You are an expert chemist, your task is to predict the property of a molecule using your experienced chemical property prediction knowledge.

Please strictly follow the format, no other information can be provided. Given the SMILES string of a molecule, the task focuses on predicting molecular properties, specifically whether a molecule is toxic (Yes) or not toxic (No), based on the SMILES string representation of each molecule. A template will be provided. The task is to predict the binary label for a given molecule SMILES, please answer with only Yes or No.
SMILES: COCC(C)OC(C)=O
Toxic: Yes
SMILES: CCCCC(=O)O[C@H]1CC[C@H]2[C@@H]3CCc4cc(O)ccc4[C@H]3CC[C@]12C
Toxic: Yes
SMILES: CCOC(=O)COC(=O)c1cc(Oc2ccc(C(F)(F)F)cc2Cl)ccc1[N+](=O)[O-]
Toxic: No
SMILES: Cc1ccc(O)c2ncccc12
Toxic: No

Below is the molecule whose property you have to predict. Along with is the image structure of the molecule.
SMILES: Oc1cc(O)cc(O)c1
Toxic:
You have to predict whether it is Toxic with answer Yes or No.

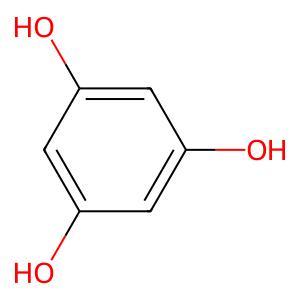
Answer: No